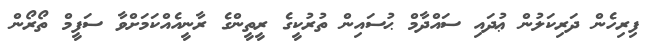
ފިރިހެން ދަރިކަލުން ޢުދައި ސައްދާމް ޙުސައިން ތުރުކީގެ ރީތީންގެ ރާނީއެއްކަމަށްވާ ސަފީމް ތޯރޯން